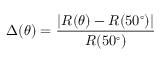
\Delta ( \theta ) = \frac { | R ( \theta ) - R ( 5 0 ^ { \circ } ) | } { R ( 5 0 ^ { \circ } ) }